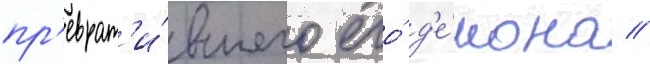
пр'еврат'и́вшего его́ д'е́мона //